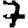
Digit: 7